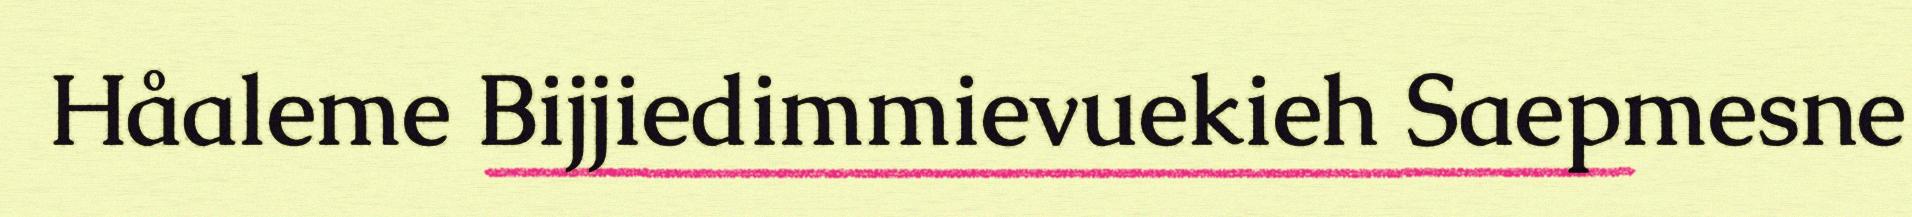
Håaleme Bijjiedimmievuekieh Saepmesne